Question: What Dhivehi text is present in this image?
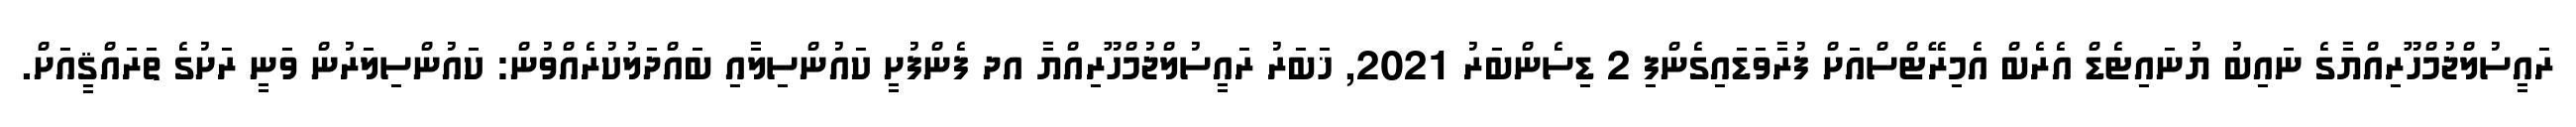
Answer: ރައީސުލްޖުމްހޫރިއްޔާގެ ނައިބު ޔުނައިޓެޑް އެރެބް އެމިރޭޓްސްއަށް ފުރާވަޑައިގެންފި 2 ޑިސެންބަރު 2021, ޚަބަރު ރައީސުލްޖުމްހޫރިއްޔާ އދ ފެންފުށީ ކައުންސިލާއި ބައްދަލުކުރެއްވުން: ކައުންސިލަރުން ވަނީ ރަށުގެ ތަރައްޤީއަށް.